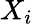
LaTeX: X_{i}